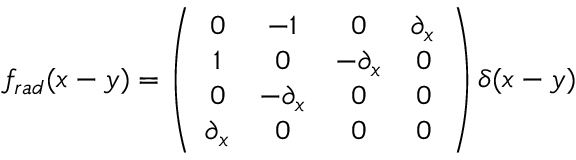
f _ { r a d } ( x - y ) = \left( \begin{array} { c c c c } { { 0 } } & { { { - 1 } } } & { { 0 } } & { { \partial _ { x } } } \\ { { 1 } } & { { 0 } } & { { { - \partial _ { x } } } } & { { 0 } } \\ { { 0 } } & { { { - \partial _ { x } } } } & { { 0 } } & { { 0 } } \\ { { \partial _ { x } } } & { { 0 } } & { { 0 } } & { { 0 } } \end{array} \right) \delta ( x - y )